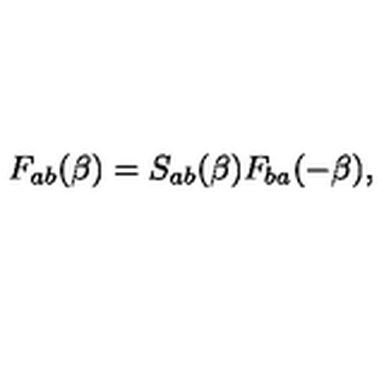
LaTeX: F _ { a b } ( \beta ) = S _ { a b } ( \beta ) F _ { b a } ( - \beta ) ,